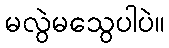
မလွဲမသွေပါပဲ။